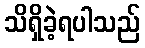
သိရှိခဲ့ရပါသည်